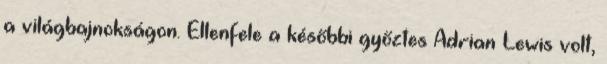
a világbajnokságon. Ellenfele a későbbi győztes Adrian Lewis volt,